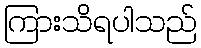
ကြားသိရပါသည်